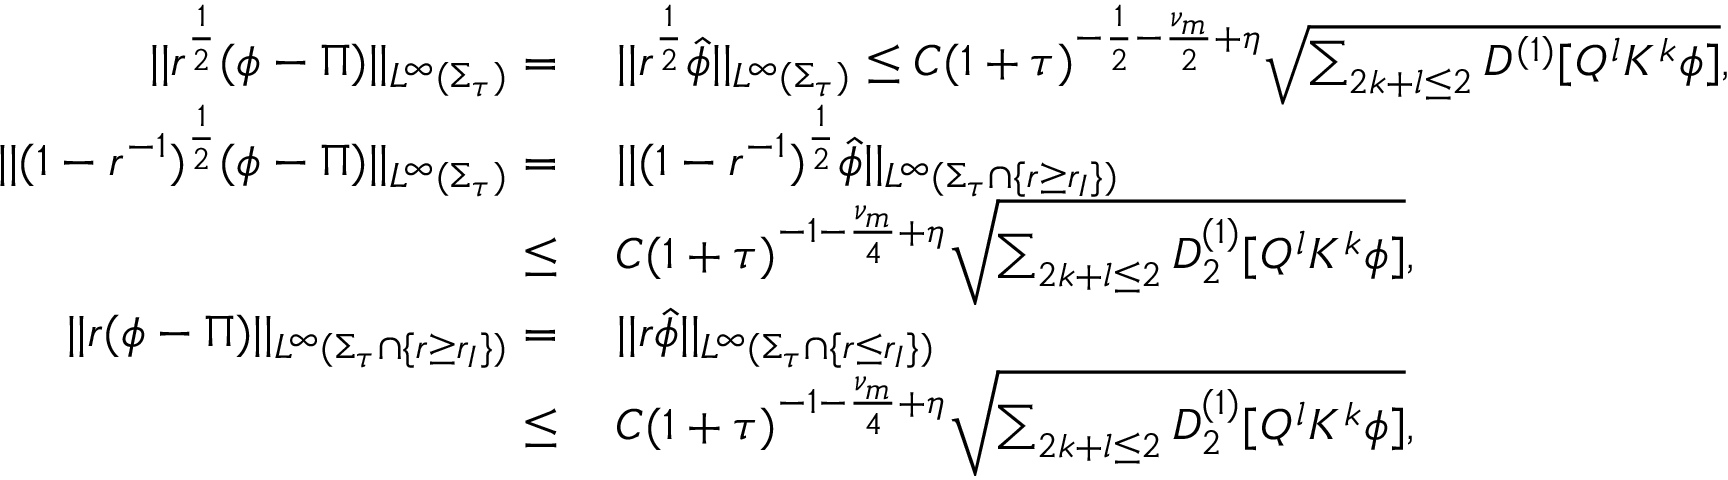
\begin{array} { r l } { | | r ^ { \frac { 1 } { 2 } } ( \phi - \Pi ) | | _ { L ^ { \infty } ( \Sigma _ { \tau } ) } = } & { \: | | r ^ { \frac { 1 } { 2 } } \widehat { \phi } | | _ { L ^ { \infty } ( \Sigma _ { \tau } ) } \leq C ( 1 + \tau ) ^ { - \frac { 1 } { 2 } - \frac { \nu _ { m } } { 2 } + \eta } \sqrt { \sum _ { 2 k + l \leq 2 } D ^ { ( 1 ) } [ Q ^ { l } K ^ { k } \phi ] } , } \\ { | | ( 1 - r ^ { - 1 } ) ^ { \frac { 1 } { 2 } } ( \phi - \Pi ) | | _ { L ^ { \infty } ( \Sigma _ { \tau } ) } = } & { \: | | ( 1 - r ^ { - 1 } ) ^ { \frac { 1 } { 2 } } \widehat { \phi } | | _ { L ^ { \infty } ( \Sigma _ { \tau } \cap \{ r \geq r _ { I } \} ) } } \\ { \leq } & { \: C ( 1 + \tau ) ^ { - 1 - \frac { \nu _ { m } } { 4 } + \eta } \sqrt { \sum _ { 2 k + l \leq 2 } D _ { 2 } ^ { ( 1 ) } [ Q ^ { l } K ^ { k } \phi ] } , } \\ { | | r ( \phi - \Pi ) | | _ { L ^ { \infty } ( \Sigma _ { \tau } \cap \{ r \geq r _ { I } \} ) } = } & { \: | | r \widehat { \phi } | | _ { L ^ { \infty } ( \Sigma _ { \tau } \cap \{ r \leq r _ { I } \} ) } } \\ { \leq } & { \: C ( 1 + \tau ) ^ { - 1 - \frac { \nu _ { m } } { 4 } + \eta } \sqrt { \sum _ { 2 k + l \leq 2 } D _ { 2 } ^ { ( 1 ) } [ Q ^ { l } K ^ { k } \phi ] } , } \end{array}